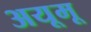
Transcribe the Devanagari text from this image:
अयूमू